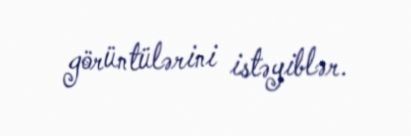
görüntülərini istəyiblər.